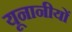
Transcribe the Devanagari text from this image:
यूनानीयों